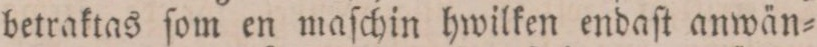
betraktas ſom en maſchin hwilken endaſt anwän=